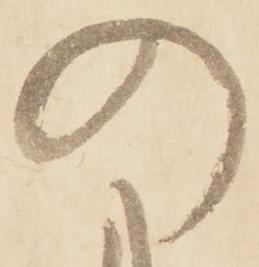
の